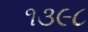
૧૩૯૮